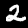
Digit: 2